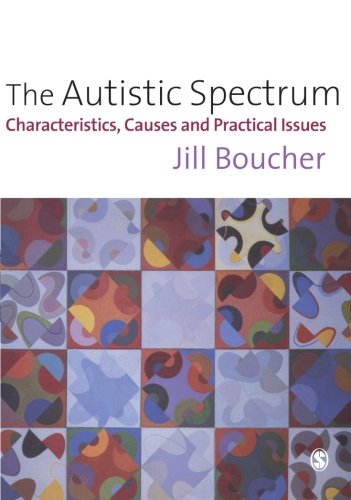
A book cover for The Autistic Spectrum: Characteristics, Causes and Practical Issues; Jill M Boucher; Health, Fitness & Dieting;